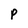
Character: P